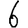
Digit: 6